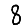
Digit: 8